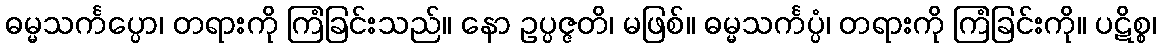
ဓမ္မသင်္ကပ္ပော၊ တရားကို ကြံခြင်းသည်။ နော ဥပ္ပဇ္ဇတိ၊ မဖြစ်။ ဓမ္မသင်္ကပ္ပံ၊ တရားကို ကြံခြင်းကို။ ပဋိစ္စ၊